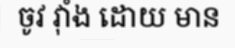
ចូវ វ៉ាំង ដោយ មាន